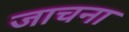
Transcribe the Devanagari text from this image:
जाचना